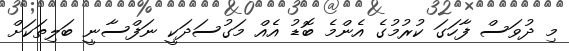
މި ދުވަސް ފާހަަގަ ކުރުމުގެ އެންމެ ބޮޑު އެއް މަގުސަދަކީ ނަފްސާނީ ބަލިތަކަށް